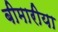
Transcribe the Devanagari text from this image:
बीमारीया